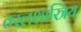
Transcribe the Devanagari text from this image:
तरलशास्त्रिय